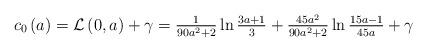
LaTeX: \begin{align*}c_{0}\left( a\right) =\mathcal{L}\left( 0,a\right) +\gamma =\tfrac{1}{90a^{2}+2}\ln \tfrac{3a+1}{3}+\tfrac{45a^{2}}{90a^{2}+2}\ln \tfrac{15a-1}{45a}+\gamma \end{align*}